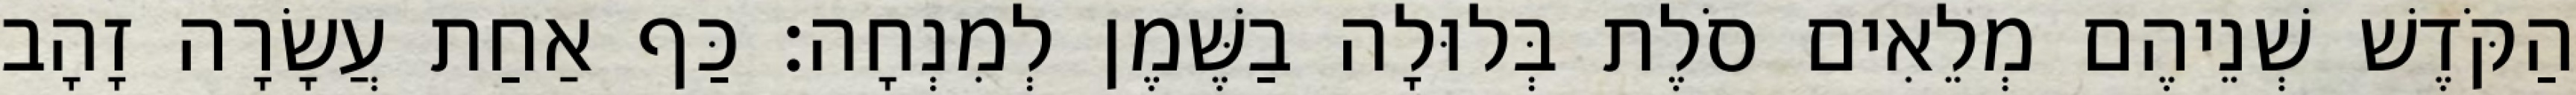
הַקֹּדֶשׁ שְׁנֵיהֶם מְלֵאִים סֹלֶת בְּלוּלָה בַשֶּׁמֶן לְמִנְחָה׃ כַּף אַחַת עֲשָׂרָה זָהָב